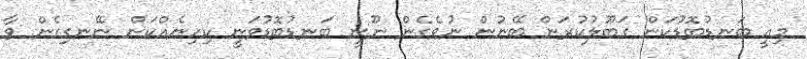
މިއީ ބަނޑުބޮޑުކަން ގަބޫލުކުރަން ބޭނުން ނުވެގެން ނޫނީ ބަނޑުބޮޑުވަނީ ކިހިނެއްކަން ނޭނގިގެން ވާ